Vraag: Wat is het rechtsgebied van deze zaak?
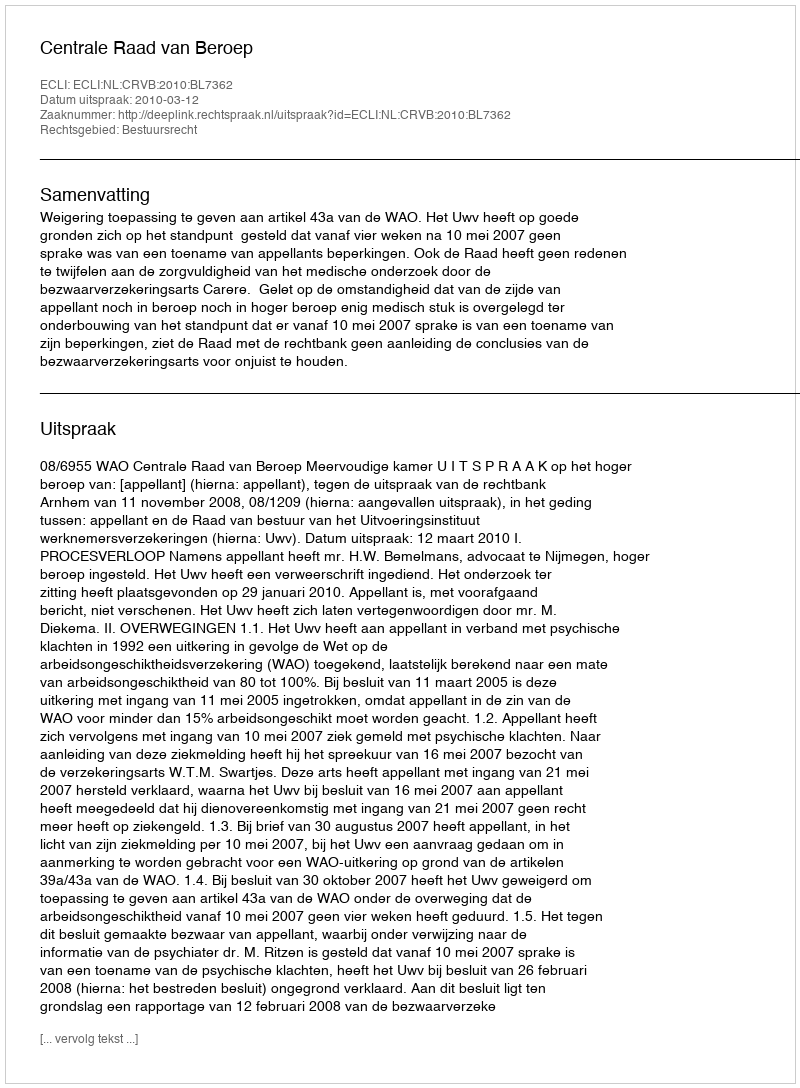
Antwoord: Bestuursrecht